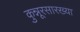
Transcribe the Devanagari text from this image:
कुन्नूरसारख्या